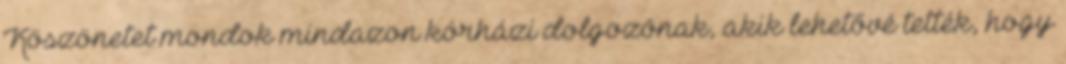
Köszönetet mondok mindazon kórházi dolgozónak, akik lehetővé tették, hogy